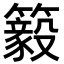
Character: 䉨